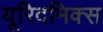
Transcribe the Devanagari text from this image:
यूरिदमिक्स